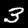
Label: 3